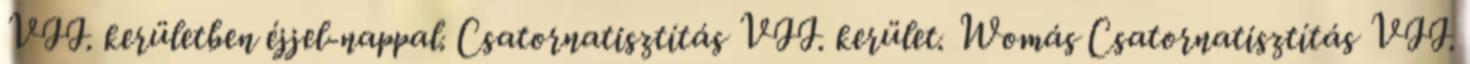
VII. kerületben éjjel-nappal. Csatornatisztítás VII. kerület. Womás Csatornatisztítás VII.